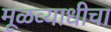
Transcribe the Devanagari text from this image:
मूळव्याधीचा